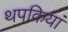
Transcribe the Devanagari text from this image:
थपकियां